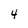
Character: 4